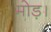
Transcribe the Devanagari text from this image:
मोड़।